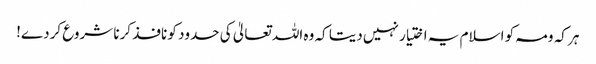
ہر کہ ومہ کو اسلام یہ اختیار نہیں دیتا کہ وہ اللہ تعالیٰ کی حدود کو نافذ کرنا شروع کردے!